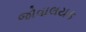
જોવાલયક